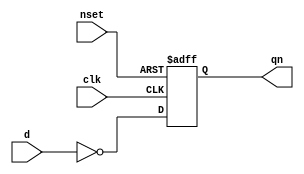
//#############################################################################
//# Function:  Positive edge-triggered static inverting D-type flop-flop with #
//             async active low set.                                          # 
//# Copyright: OH Project Authors. ALl rights Reserved.                       #
//# License:   MIT (see LICENSE file in OH repository)                        # 
//#############################################################################

module oh_dffsqn #(parameter DW = 1) // array width
   (
    input [DW-1:0] 	d,
    input [DW-1:0] 	clk,
    input [DW-1:0] 	nset,
    output reg [DW-1:0] qn
    );
   
   always @ (posedge clk or negedge nset)
     if(!nset)
       qn <= 'b0;
     else
       qn <= ~d;
   
endmodule